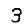
Digit: 3